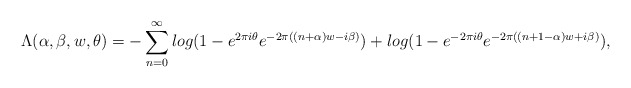
\begin{align*}~~~~~~~\Lambda (\alpha,\beta,w,\theta) =-\sum_{n=0}^{\infty} log(1-e^{2\pi i \theta}e^{-2\pi((n+\alpha)w-i\beta)})+log(1-e^{-2\pi i \theta}e^{-2\pi((n+1-\alpha)w+i\beta)}),\end{align*}